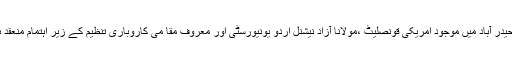
یہ ایونٹ حیدر آباد میں موجود امریکی قونصلیٹ ،مولانا آزاد نیشنل اردو یونیورسٹی اور معروف مقا می کاروباری تنظیم کے زیر اہتمام منعقد ہورہا ہے۔